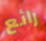
رائع